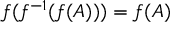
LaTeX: f ( f ^ { - 1 } ( f ( A ) ) ) = f ( A )